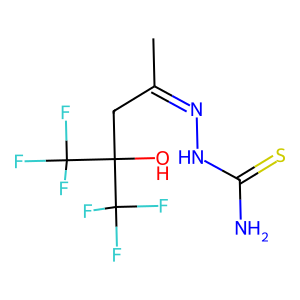
SMILES: CC(CC(O)(C(F)(F)F)C(F)(F)F)=NNC(N)=S
Inhibits HIV replication: No